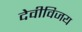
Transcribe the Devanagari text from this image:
देवीविजय